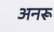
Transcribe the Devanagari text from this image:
अनरू